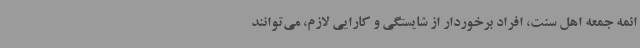
ائمه جمعه اهل سنت، افراد برخوردار از شایستگی و کارایی لازم، می‌توانند